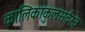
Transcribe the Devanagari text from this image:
कालिकाकुलसर्वस्व